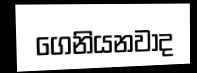
ගෙනියනවාද